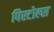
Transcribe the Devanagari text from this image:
पिस्टोल्स